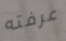
عرفته